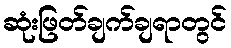
ဆုံးဖြတ်ချက်ချရာတွင်